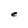
Character: e